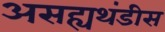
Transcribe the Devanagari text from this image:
असह्यथंडीस